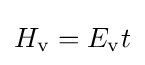
H_{\mathrm {v} }=E_{\mathrm {v} }t